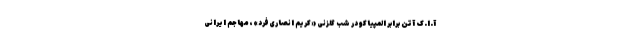
آ.اِ.ک آتن برابر المپیاکو در شب گلزنی «کریم انصاری‌فرد»، مهاجم ایرانی